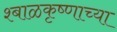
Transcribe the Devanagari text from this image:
श्बाळकृष्णाच्या